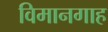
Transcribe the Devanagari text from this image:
विमानगाह